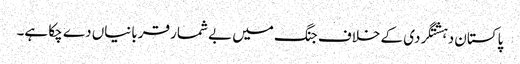
پاکستان دہشتگردی کے خلاف جنگ میں بے شمار قربانیاں دے چکا ہے۔